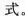
式。